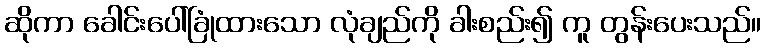
ဆိုကာ ခေါင်းပေါ်ခြုံထားသော လုံချည်ကို ခါးစည်း၍ ကူ တွန်းပေးသည်။